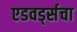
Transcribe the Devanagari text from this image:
एडवर्ड्सचा